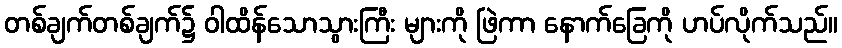
တစ်ချက်တစ်ချက်၌ ဝါထိန်သောသွားကြီး များကို ဖြဲကာ နောက်ခြေကို ဟပ်လိုက်သည်။